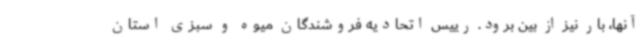
آنها، بار نیز از بین برود. رییس اتحادیه فروشندگان میوه و سبزی استان